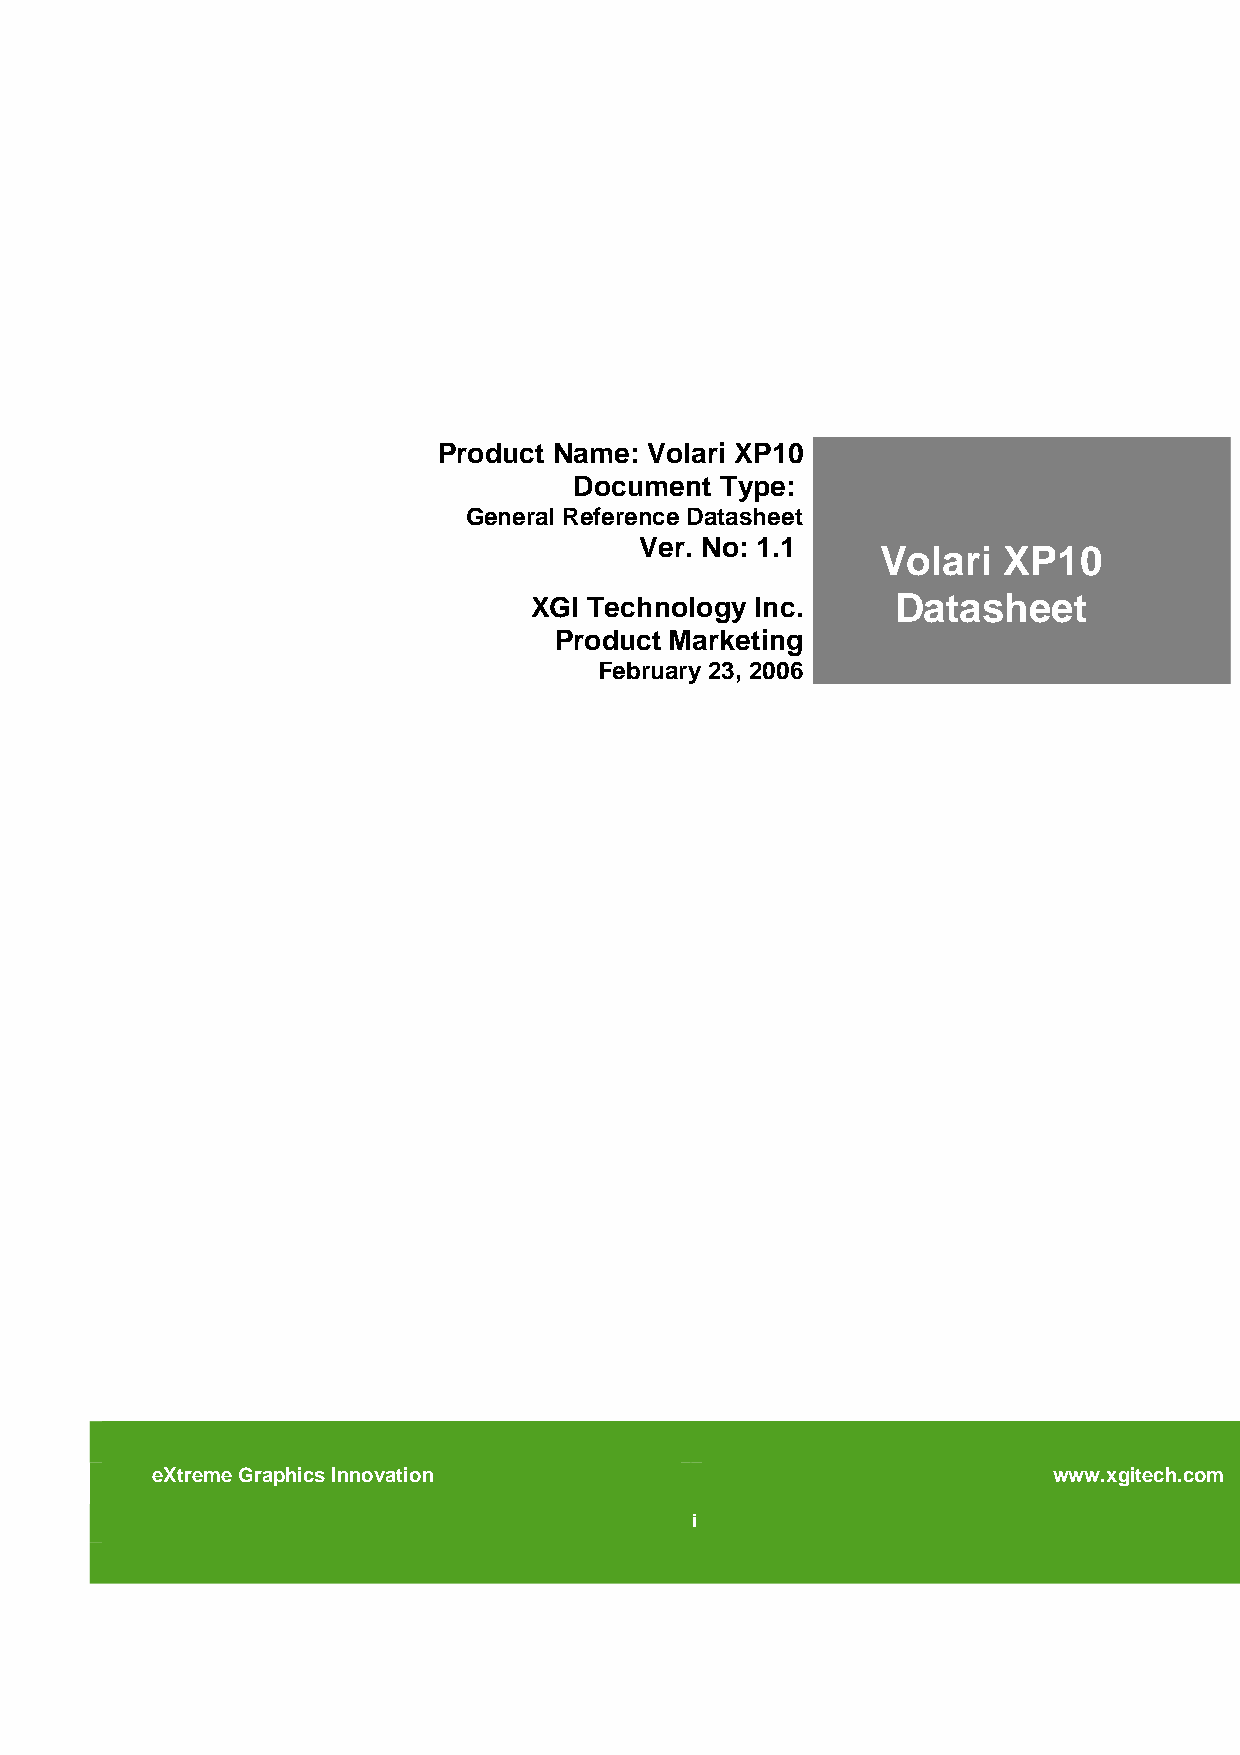
Product Name: Volari XP10
 Document  Type:
 General Reference Datasheet
 Ver. No: 1.1
 Volari  XP10
 XGI Technology Inc.     Datasheet
 Product Marketing
 February 23, 2006
 eXtreme Graphics Innovation                                 www.xgitech.com
 i